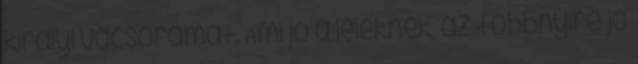
királyi vacsorámat. Ami jó a léleknek, az többnyire jó